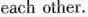
each other.